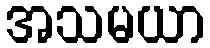
အသမယာ